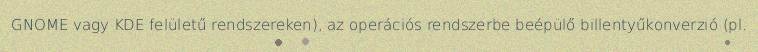
GNOME vagy KDE felületű rendszereken), az operációs rendszerbe beépülő billentyűkonverzió (pl.